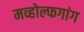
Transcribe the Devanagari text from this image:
मव्होल्फगांग